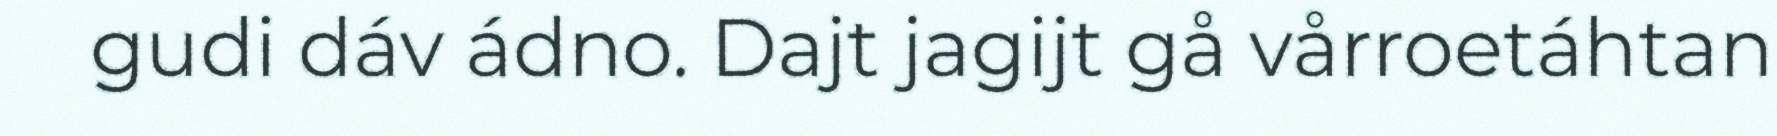
gudi dáv ádno. Dajt jagijt gå vårroetáhtan